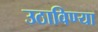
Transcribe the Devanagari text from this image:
उठाविण्या